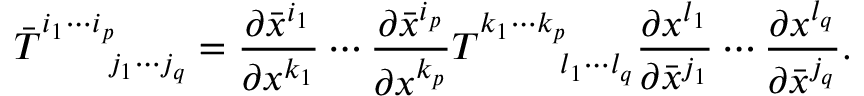
\bar { T } _ { \phantom { i _ { 1 } \cdots i _ { p } } j _ { 1 } \cdots j _ { q } } ^ { i _ { 1 } \cdots i _ { p } } = \frac { \partial \bar { x } ^ { i _ { 1 } } } { \partial x ^ { k _ { 1 } } } \cdots \frac { \partial \bar { x } ^ { i _ { p } } } { \partial x ^ { k _ { p } } } T _ { \phantom { k _ { 1 } \cdots k _ { p } } l _ { 1 } \cdots l _ { q } } ^ { k _ { 1 } \cdots k _ { p } } \frac { \partial x ^ { l _ { 1 } } } { \partial \bar { x } ^ { j _ { 1 } } } \cdots \frac { \partial x ^ { l _ { q } } } { \partial \bar { x } ^ { j _ { q } } } .